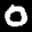
Label: 0